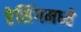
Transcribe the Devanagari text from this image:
रेसिंगमध्ये